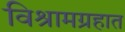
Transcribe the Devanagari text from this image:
विश्रामग्रहात